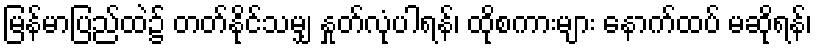
မြန်မာပြည်ထဲ၌ တတ်နိုင်သမျှ နှုတ်လုံပါရန်၊ ထိုစကားများ နောက်ထပ် မဆိုရန်၊